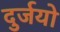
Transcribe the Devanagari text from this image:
दुर्जयो